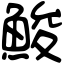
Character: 鮻